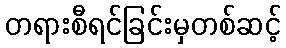
တရားစီရင်ခြင်းမှတစ်ဆင့်